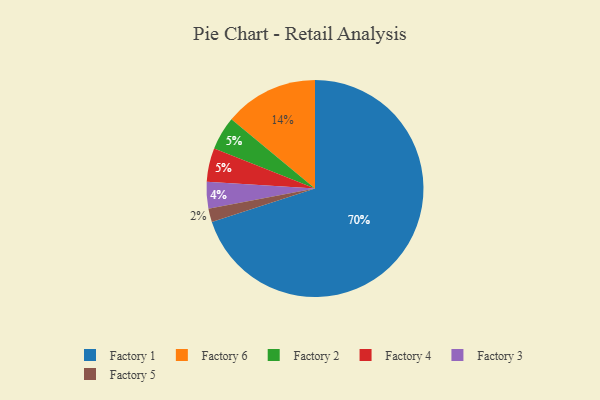
{"axis": {"x": "Category", "y": "Percentage"}, "legend": ["Factory 1", "Factory 2", "Factory 3", "Factory 4", "Factory 5", "Factory 6"], "data": [{"x": "Factory 2", "y": 5, "type": "Factory 2"}, {"x": "Factory 1", "y": 70, "type": "Factory 1"}, {"x": "Factory 6", "y": 14, "type": "Factory 6"}, {"x": "Factory 3", "y": 4, "type": "Factory 3"}, {"x": "Factory 4", "y": 5, "type": "Factory 4"}, {"x": "Factory 5", "y": 2, "type": "Factory 5"}]}